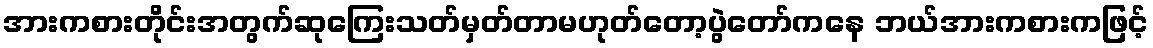
အားကစားတိုင်းအတွက်ဆုကြေးသတ်မှတ်တာမဟုတ်တော့ပွဲတော်ကနေ ဘယ်အားကစားကဖြင့်